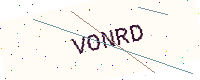
Text: VONRD